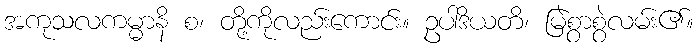
အကုသလကမ္မာနိ စ၊ တို့ကိုလည်းကောင်း။ ဥပါဒိယတိ၊ မြဲစွာစွဲလမ်း၏။